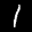
Label: 1